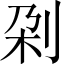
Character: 刴